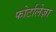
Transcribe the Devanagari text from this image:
फोर्टालेज़ा